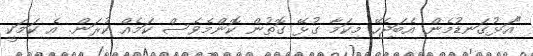
"އަޅުގަނޑުމެން އެބަޖެހޭ މިކަމާ ގުޅޭ ގޮތުން ކޮންމެވެސް ކަމެއް ކުރަން. އެ ކަަމަކީ